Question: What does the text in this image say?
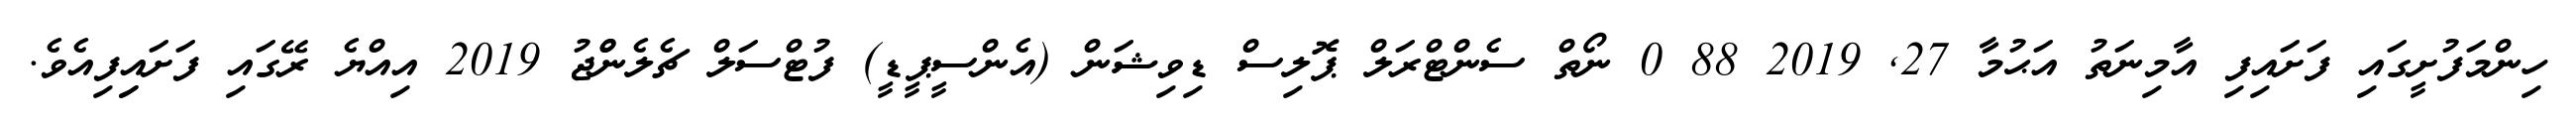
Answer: ހިންމަފުށީގައި ފަށައިފި އާމިނަތު އަޙުމާ 27, 2019 88 0 ނޯތް ސެންޓްރަލް ޕޮލިސް ޑިވިޝަން (އެންސީޕީޑީ) ފުޓްސަލް ޗެލެންްޖު 2019 އިއްޔެ ރޭގައި ފަށައިިފިއެވެ.